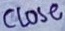
Text: CLOSE